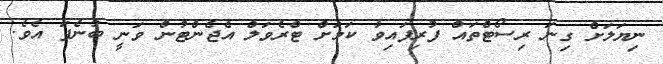
ނިޔަލަށް ގިނަ ރިސޯޓްތައް ފުރިފައިވާ ކަމަށް ޓްރެވަލް އެޖެންޓުން ވަނީ ބުނެފަ އެވެ.